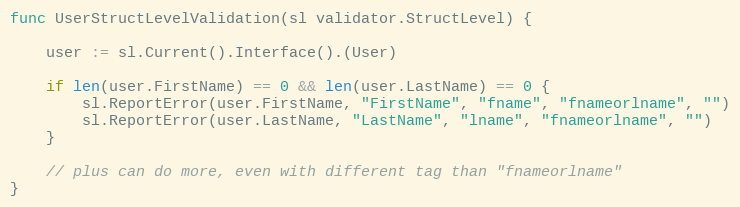
Language: Go
func UserStructLevelValidation(sl validator.StructLevel) {

	user := sl.Current().Interface().(User)

	if len(user.FirstName) == 0 && len(user.LastName) == 0 {
		sl.ReportError(user.FirstName, "FirstName", "fname", "fnameorlname", "")
		sl.ReportError(user.LastName, "LastName", "lname", "fnameorlname", "")
	}

	// plus can do more, even with different tag than "fnameorlname"
}